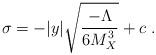
LaTeX: \begin{align*}\sigma = -|y| \sqrt{{{- {\Lambda}} \over\displaystyle {6 M_X^3}}} + c~.~\,\end{align*}